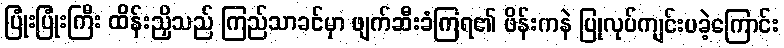
ပြုံးပြုံးကြီး ထိန်းညှိသည် ကြည်သာခင်မှာ ဖျက်ဆီးခံကြရ၏ ဖိန်းကနဲ ပြုလုပ်ကျင်းပခဲ့ကြောင်း